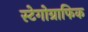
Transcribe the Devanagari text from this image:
स्टेगोग्राफिक